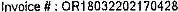
INVOICE # : OR18032202170428